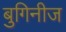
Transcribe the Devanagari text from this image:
बुगिनीज